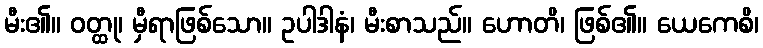
မီး၏။ ဝတ္ထု၊ မှီရာဖြစ်သော။ ဥပါဒါနံ၊ မီးစာသည်။ ဟောတိ၊ ဖြစ်၏။ ယေကေစိ၊